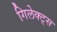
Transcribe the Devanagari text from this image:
गिलेक्ट्स